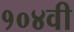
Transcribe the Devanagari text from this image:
१०४वी